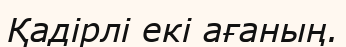
Қадірлі екі ағаның.